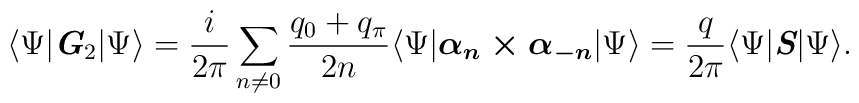
\langle \Psi |\textit{\textbf{G}}_2|\Psi \rangle  =\frac{i}{2\pi}\sum _{n\neq 0}\frac{q_0+q_\pi}{2n} \langle \Psi |\mbox{\boldmath $\alpha_n\times \alpha_{-n}$}|\Psi \rangle =\frac{q}{2\pi}\langle \Psi |\textit{\textbf{S}}|\Psi \rangle .